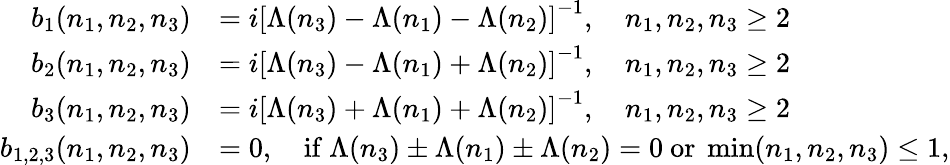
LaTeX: \begin{array}{rl}{b_{1}(n_{1},n_{2},n_{3})}&{=i\left[\Lambda(n_{3})-\Lambda(n_{1})-\Lambda(n_{2})\right]^{-1},\quad n_{1},n_{2},n_{3}\geq 2}\\ {b_{2}(n_{1},n_{2},n_{3})}&{=i\left[\Lambda(n_{3})-\Lambda(n_{1})+\Lambda(n_{2})\right]^{-1},\quad n_{1},n_{2},n_{3}\geq 2}\\ {b_{3}(n_{1},n_{2},n_{3})}&{=i\left[\Lambda(n_{3})+\Lambda(n_{1})+\Lambda(n_{2})\right]^{-1},\quad n_{1},n_{2},n_{3}\geq 2}\\ {b_{1,2,3}(n_{1},n_{2},n_{3})}&{=0,\quad\mathrm{if~}\Lambda(n_{3})\pm\Lambda(n_{1})\pm\Lambda(n_{2})=0\mathrm{~or~}\operatorname*{min}(n_{1},n_{2},n_{3})\leq 1,}\end{array}